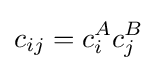
c_{ij}=c_{i}^{A}c_{j}^{B}